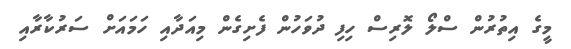
މީގެ އިތުރުން ސްލޯ ލޮރިސް ހިފި ދުވަހުން ފެށިގެން މިއަދާއި ހަމައަށް ސަރުކާރާއި